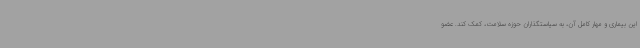
این بیماری و مهار کامل آن، به سیاستگذاران حوزه سلامت، کمک کند. عضو